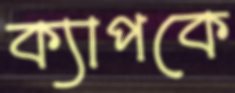
ক্যাপকে